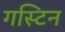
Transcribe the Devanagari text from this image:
गस्टिन